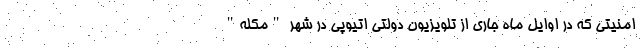
امنیتی که در اوایل ماه جاری از تلویزیون دولتی اتیوپی در شهر "مکله"